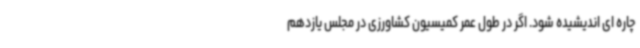
چاره ای اندیشیده شود. اگر در طول عمر کمیسیون کشاورزی در مجلس یازدهم